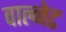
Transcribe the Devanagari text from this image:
वाल्नेट